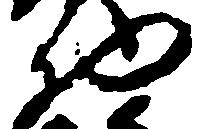
物